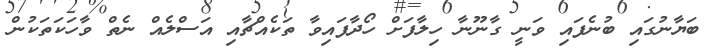
ބަޔާނުގައި ބުނެފައި ވަނީ ގާނޫނާ ހިލާފަށް ހޯދާފައިވާ ތަކެއްޗާއި އަސްލެއް ނެތް ވާހަކަތަކުން